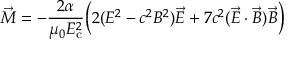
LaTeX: { \vec { M } } = - { \frac { 2 \alpha } { \mu _ { 0 } E _ { \mathrm { c } } ^ { 2 } } } { \bigg ( } 2 ( E ^ { 2 } - c ^ { 2 } B ^ { 2 } ) { \vec { E } } + 7 c ^ { 2 } ( { \vec { E } } \cdot { \vec { B } } ) { \vec { B } } { \bigg ) }